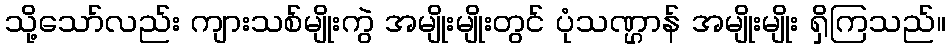
သို့သော်လည်း ကျားသစ်မျိုးကွဲ အမျိုးမျိုးတွင် ပုံသဏ္ဌာန် အမျိုးမျိုး ရှိကြသည်။